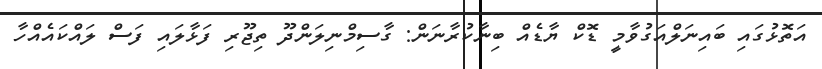
އަތޮޅުގައި ބައިނަލްއަގުވާމީ ޑޮކް ޔާޑެއް ބިނާކުރާނަން: ގާސިމްނިލަންދޫ ތިޖޫރި ފަޅާލައި ފަސް ލައްކައެއްހާ